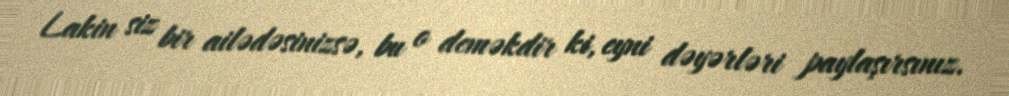
Lakin siz bir ailədəsinizsə, bu o deməkdir ki, eyni dəyərləri paylaşırsınız.